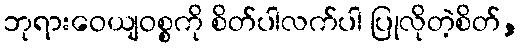
ဘုရားဝေယျဝစ္စကို စိတ်ပါလက်ပါ ပြုလိုတဲ့စိတ်,